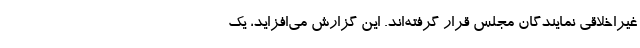
غیراخلاقی نمایندگان مجلس قرار گرفته‌اند. این گزارش می‌افزاید، یک‌